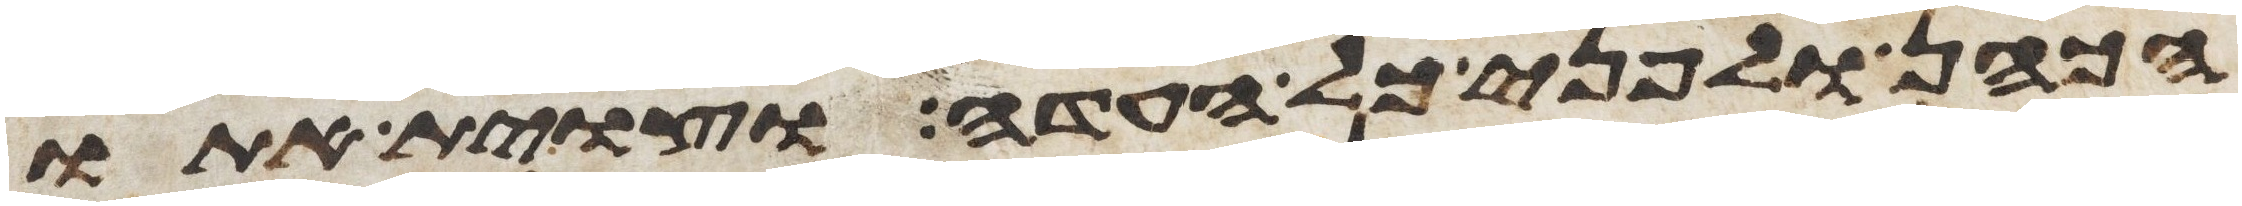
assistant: הכהן ולפני כל העדה וצוית אתו